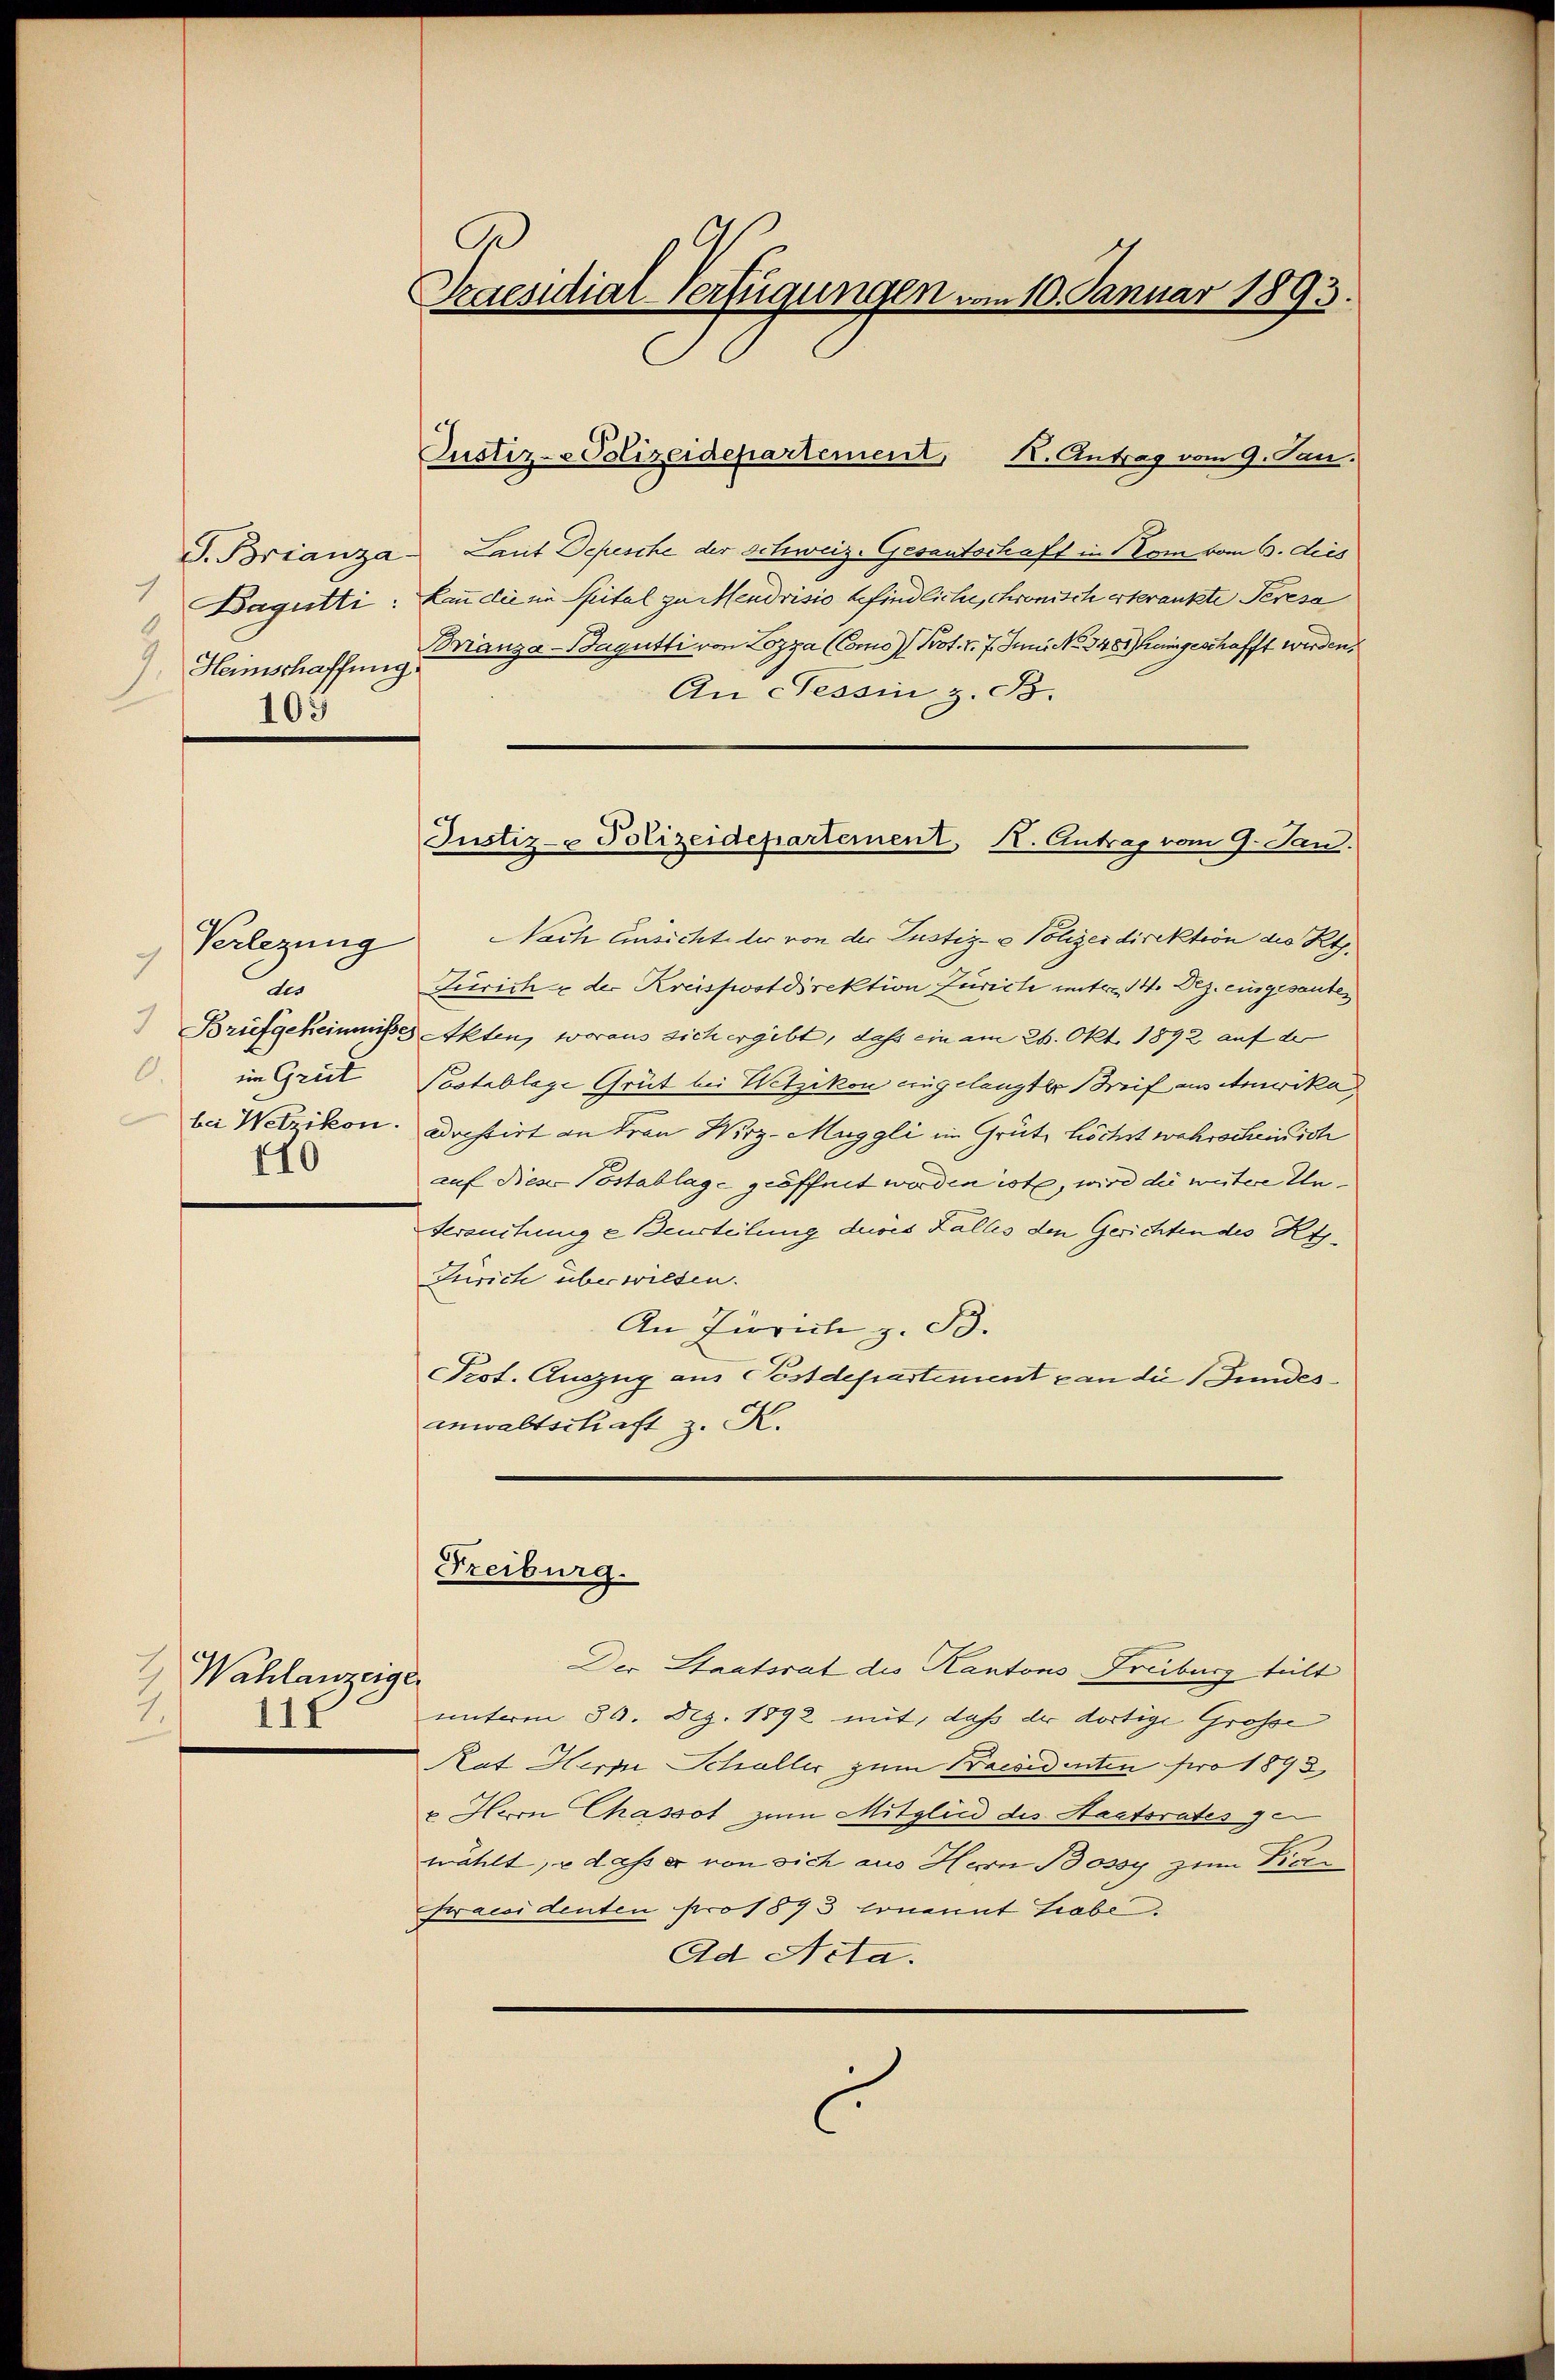
) Heimschaffung
103

Verlegung
7
dis
Brufgeheimnisse
.
im Grüt
110

Wahlanzeiger
1.
117

Praesidial-Verfügungen vom 10. Januar 1893.

Custiz-Polizeidepartement, K. Antrag vom 9. Jan.
J. Brianza Laut Depesche der Schweiz. Gesantschaft in Kom vom 6. deis
Bagütti: Dann die sie Spital zu Mendrisio befindliche, chronisch erkrankte Peresa
Brranza-Bagutti von Lozza (Como Prot. v. 7. Juni No 248 eingeschafft werden,
An Tessin z. B.
Nach Ansichte der von der Justiz- & Polizeidirektion des Kts.
Zürich & der Kreispostdirektion Zürich unterm 14. Dez. eingesanten
Akten, woraus sich ergibt, daß ein am 26. Okt. 1892 auf der
Postablage Grüt bei Wetzikon eingelangter Breif in Amerika
bei Wetzikon. Drestirt an Frau Wirz-Muggli im Grütz höchst wahrscheinich
auf dieser Postablage geöffnet werden ist, wird die weitere Untersuchung e Beurteilung deres Falles den Gerichten des Kts.
Zürich überwilden.
An Zürich z. B.
Peot. Auszug aus Postdepartement an die Fundesanwaltschaft z. K.

Justiz- Polizeidepartement K. Antrag vom 9. Jan.

Freiburg.

Der Staatsrat des Kantons Freiburg teilt
unterm 30. Dez. 1892 mit, daß der dortige Grosse
Rat Herre Schöller zum Praesidenten pro 1893,
" Hern Chassot zum Mitglied des Staatsrates ge
wählt, u daß er von sich aus Herrn Bossy zum Dien¬
Praesidenten pro 1873 sonannt Grabe.
Ad Acta.